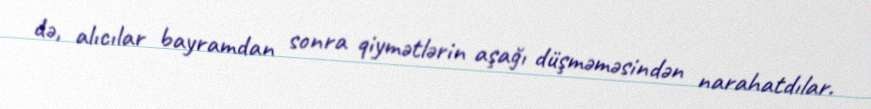
də, alıcılar bayramdan sonra qiymətlərin aşağı düşməməsindən narahatdılar.